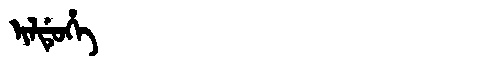
Manchu: ᡳᠯᡩᡠᡥᡝ
Romanization: ILDUHE